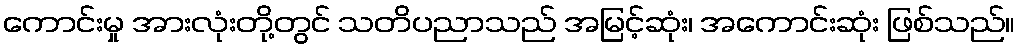
ကောင်းမှု အားလုံးတို့တွင် သတိပညာသည် အမြင့်ဆုံး၊ အကောင်းဆုံး ဖြစ်သည်။